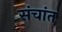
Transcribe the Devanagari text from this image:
संचांत